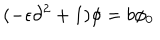
LaTeX: ( - \epsilon \partial ^ { 2 } + 1 ) \phi = b \phi _ { 0 }